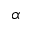
\alpha